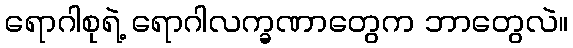
ရောဂါစုရဲ့ ရောဂါလက္ခဏာတွေက ဘာတွေလဲ။